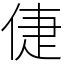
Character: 倢